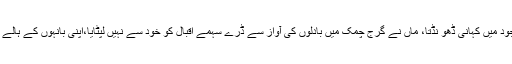
اب ہر عورت کے وجود میں کہانی ڈھو نڈتا، ماں نے گرج چمک میں بادلوں کی آواز سے ڈرے سہمے اقبال کو خود سے نہیں لپٹایا،اپنی بانہوں کے ہالے میں محفو ظ نہیں کیا۔